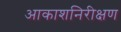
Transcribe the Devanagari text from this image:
आकाशनिरीक्षण